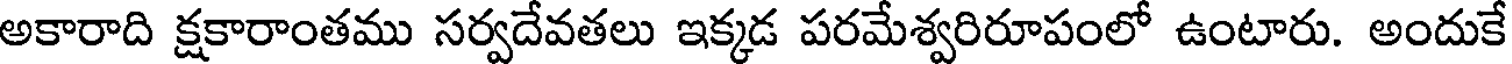
అకారాది క్షకారాంతము సర్వదేవతలు ఇక్కడ పరమేశ్వరిరూపంలో ఉంటారు. అందుకే